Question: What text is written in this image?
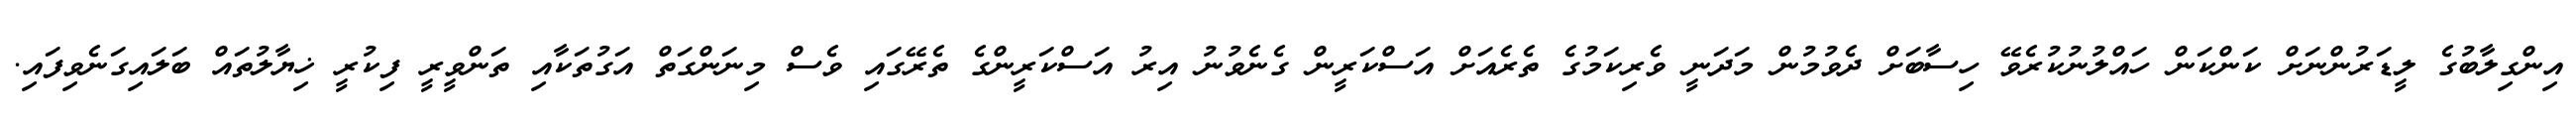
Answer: އިންގިލާބުގެ ލީޑަރުންނަށް ކަންކަން ހައްލުނުކުރެވޭ ހިސާބަށް ދެވުމުން މަދަނީ ވެރިކަމުގެ ތެރެއަށް އަސްކަރީން ގެނެވުނު އިރު އަސްކަރީންގެ ތެރޭގައި ވެސް މިނަންގަތް އަގުތަކާއި ތަންވީރީ ފިކުރީ ޚިޔާލުތައް ބަލައިގަނެވިފައި.